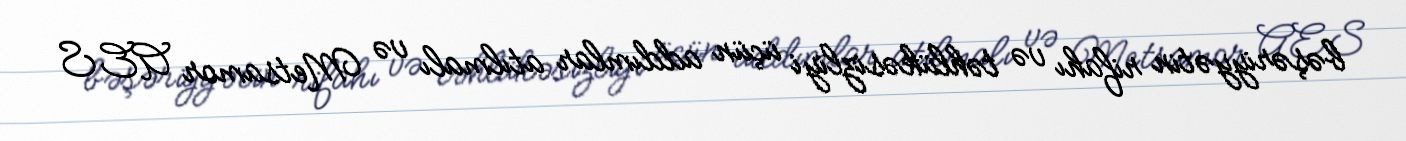
bəşəriyyətin rifahı və təhlükəsizliyi üçün addımlar atılmalı və Metsamor AES